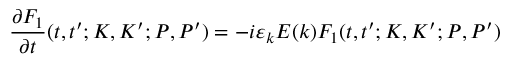
\frac { \partial F _ { 1 } } { \partial t } ( t , t ^ { \prime } ; K , K ^ { \prime } ; P , P ^ { \prime } ) = - i \varepsilon _ { k } E ( k ) F _ { 1 } ( t , t ^ { \prime } ; K , K ^ { \prime } ; P , P ^ { \prime } )